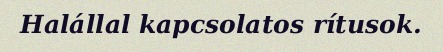
Halállal kapcsolatos rítusok.